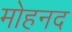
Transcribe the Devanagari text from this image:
मोहनद